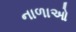
નાળાઓ